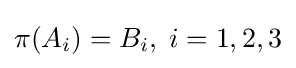
\pi (A_{i})=B_{i},\;i=1,2,3